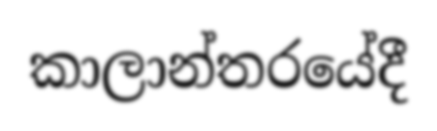
කාලාන්තරයේදී